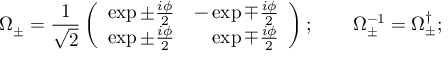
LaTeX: \Omega _ { \pm } = \frac 1 { \sqrt { 2 } } \left( \begin{array} { c c } { { \exp \pm \frac { i \phi } 2 } } & { { - \exp \mp \frac { i \phi } 2 } } \\ { { \exp \pm \frac { i \phi } 2 } } & { { \hphantom { - } \exp \mp \frac { i \phi } 2 } } \end{array} \right) ; \qquad \Omega _ { \pm } ^ { - 1 } = \Omega _ { \pm } ^ { \dagger } ;